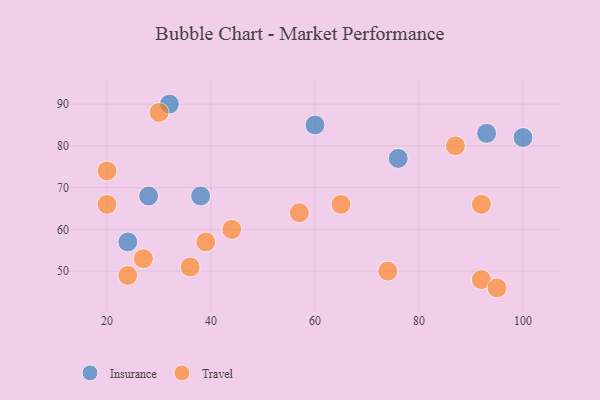
{"axis": {"x": "GDP", "y": "Life Expectancy"}, "legend": ["Insurance", "Travel"], "data": [{"x": "28", "y": 68, "type": "Insurance"}, {"x": "60", "y": 85, "type": "Insurance"}, {"x": "100", "y": 82, "type": "Insurance"}, {"x": "32", "y": 90, "type": "Insurance"}, {"x": "24", "y": 57, "type": "Insurance"}, {"x": "76", "y": 77, "type": "Insurance"}, {"x": "38", "y": 68, "type": "Insurance"}, {"x": "93", "y": 83, "type": "Insurance"}, {"x": "36", "y": 51, "type": "Travel"}, {"x": "30", "y": 88, "type": "Travel"}, {"x": "24", "y": 49, "type": "Travel"}, {"x": "57", "y": 64, "type": "Travel"}, {"x": "92", "y": 48, "type": "Travel"}, {"x": "74", "y": 50, "type": "Travel"}, {"x": "95", "y": 46, "type": "Travel"}, {"x": "39", "y": 57, "type": "Travel"}, {"x": "65", "y": 66, "type": "Travel"}, {"x": "27", "y": 53, "type": "Travel"}, {"x": "92", "y": 66, "type": "Travel"}, {"x": "87", "y": 80, "type": "Travel"}, {"x": "20", "y": 66, "type": "Travel"}, {"x": "44", "y": 60, "type": "Travel"}, {"x": "20", "y": 74, "type": "Travel"}]}